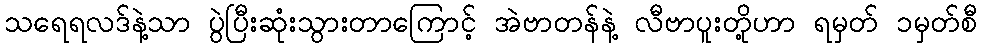
သရေရလဒ်နဲ့သာ ပွဲပြီးဆုံးသွားတာကြောင့် အဲဗာတန်နဲ့ လီဗာပူးတို့ဟာ ရမှတ် ၁မှတ်စီ